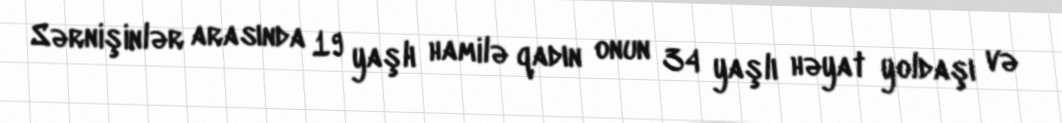
Sərnişinlər arasında 19 yaşlı hamilə qadın onun 34 yaşlı həyat yoldaşı və